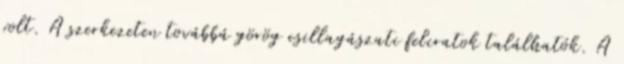
volt. A szerkezeten továbbá görög csillagászati feliratok találhatók. A